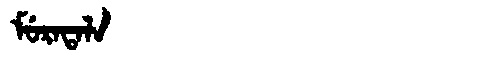
Manchu: ᠮᡠᡵᠠᡨᠠᠯᠠ
Romanization: MURATALA